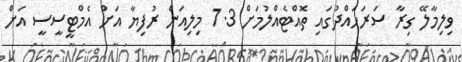
ވިލިމާލޭ ގިރާ ސަރަހައްދުގައި ތޮއްޓެއްލުމަށް 7.3 މިލިއަން ރުފިޔާ އަށް އެމްޓީސީސީ އަށް